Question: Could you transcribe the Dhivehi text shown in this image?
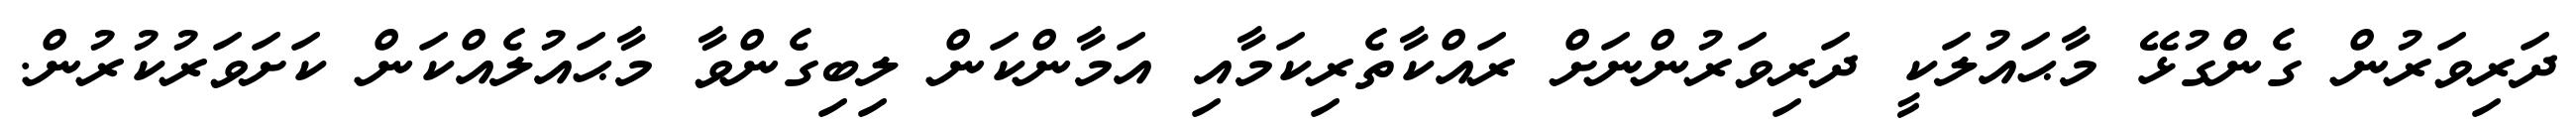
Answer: ދަރިވަރުން ގެންގުޅޭ މާޙައުލަކީ ދަރިވަރުންނަށް ރައްކާތެރިކަމާއި އަމާންކަން ލިބިގެންވާ މާޙައުލެއްކަން ކަށަވަރުކުރުން.